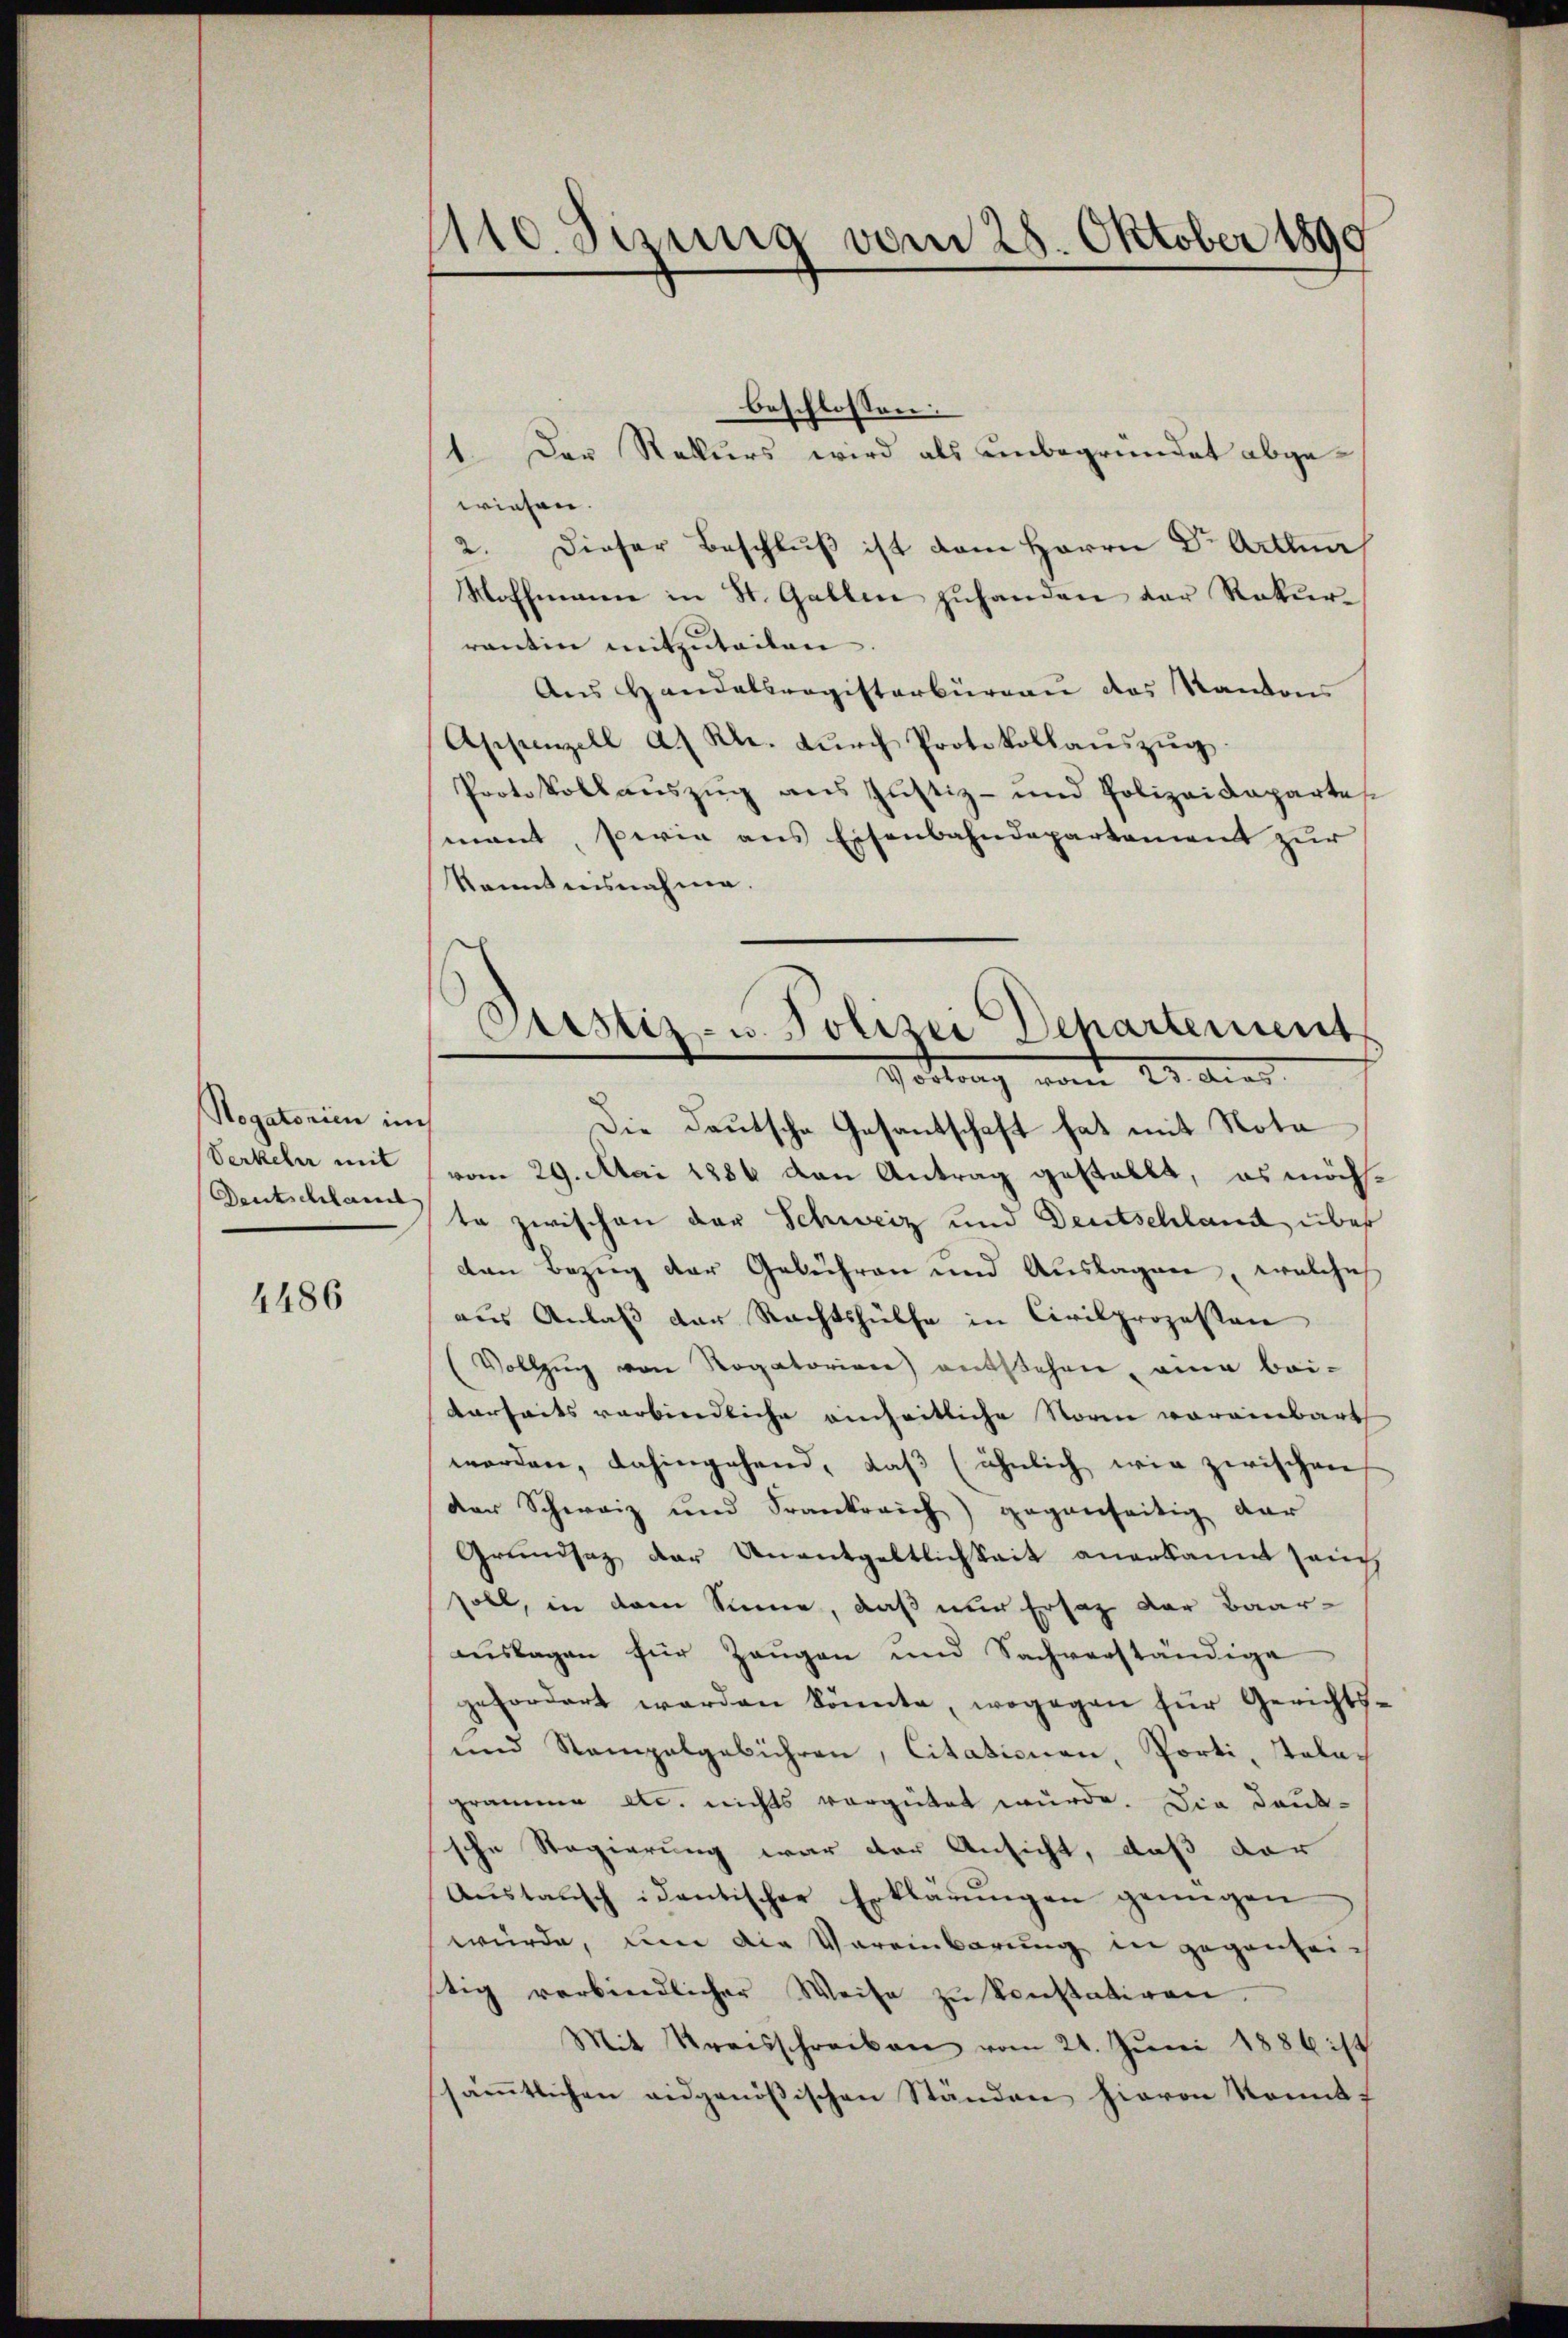
Rogatorien in
Verkehr mit
Deutschlam

4486

wiesen.
2. Dieser Beschluß ist dem Herrn Dr Arttuar,
Woffmann in St. Gallen zuhanden der Rekurrantin mitzuteilen
Ans Handelsregisterbüreaŭ des Kantons
Appenzell a.) Kl. dŭrch Protokollaŭszŭg
Protokollauszug aus Justiz- und Polizeidepartes
mant, sowie aus Eisenbahndepartement zur
kanntensnahme.

Die deutsche Gesantschaft hat mit Nota
vom 29. Mai 1886 den Antrag gestellt, es möchte zwischen der Schweiz und Deutschland über
den Bezug der Gebühren und Auslagen, welche
aus Anlaß der Rechtshülfe in Civilprozessen
Vollzug von Rogatorien entstehen, eine bei-
darseits verbindliche einheitliche Norm vorainbart
worden, dahingehend, daß (ähnlich wie zwischen
der Schweiz und Frankreich gegenseitig dar
Grundsatz der Unentgeltlichkeit anerkannt sanc
soll, in dem Sinne, daß nur Ersatz der Baaraŭslagen für Zeŭgen und Sachverständige
gefordert werden könnte, wogegen für Gerichts¬
und Stempelgebühren, Citationen, Porti, Telegramme etc. nichts vergütet würde. Die Dauk-
sche Regierung war der Ansicht, daß dar
Aŭstausch identischer Erklärŭngen genügen
würde, um die Vereinbarung in gegenleich
tig verbindlicher Weise zŭ konstatiren.
Mit Kreisschreiben vom 21. Jŭni 1886 ist
säṁtlichen eidgenößischen Ständen hievon konnt

110. Jung vom 28. Oktober 1890

beschlossen:
1. Der Rekurs wird als unbegründet abge¬

s
Justiz- u. Polizei Departement
Vottung vom 23. dies